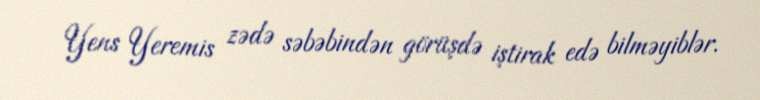
Yens Yeremis zədə səbəbindən görüşdə iştirak edə bilməyiblər.